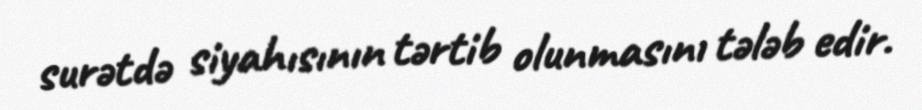
surətdə siyahısının tərtib olunmasını tələb edir.